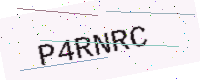
Text: P4RNRC